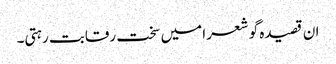
ان قصیدہ گو شعرا میں سخت رقابت رہتی۔